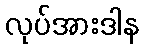
လုပ်အားဒါန